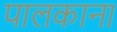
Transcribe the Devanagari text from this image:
पालकाना